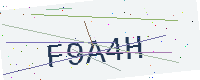
Text: F9A4H